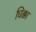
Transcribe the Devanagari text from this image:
धिक्का